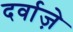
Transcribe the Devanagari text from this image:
दर्वाज़े